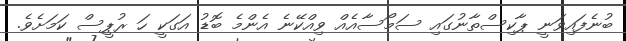
ބުނެފައިވަނީ ޕާކިސްތާނުގައި ސަމޯސާއެއް ވިއްކޭނެ އެންމެ ބޮޑު އަގަކީ ހަ ރުޕީސް ކަމަށެވެ.